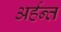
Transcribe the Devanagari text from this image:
अर्हन्त